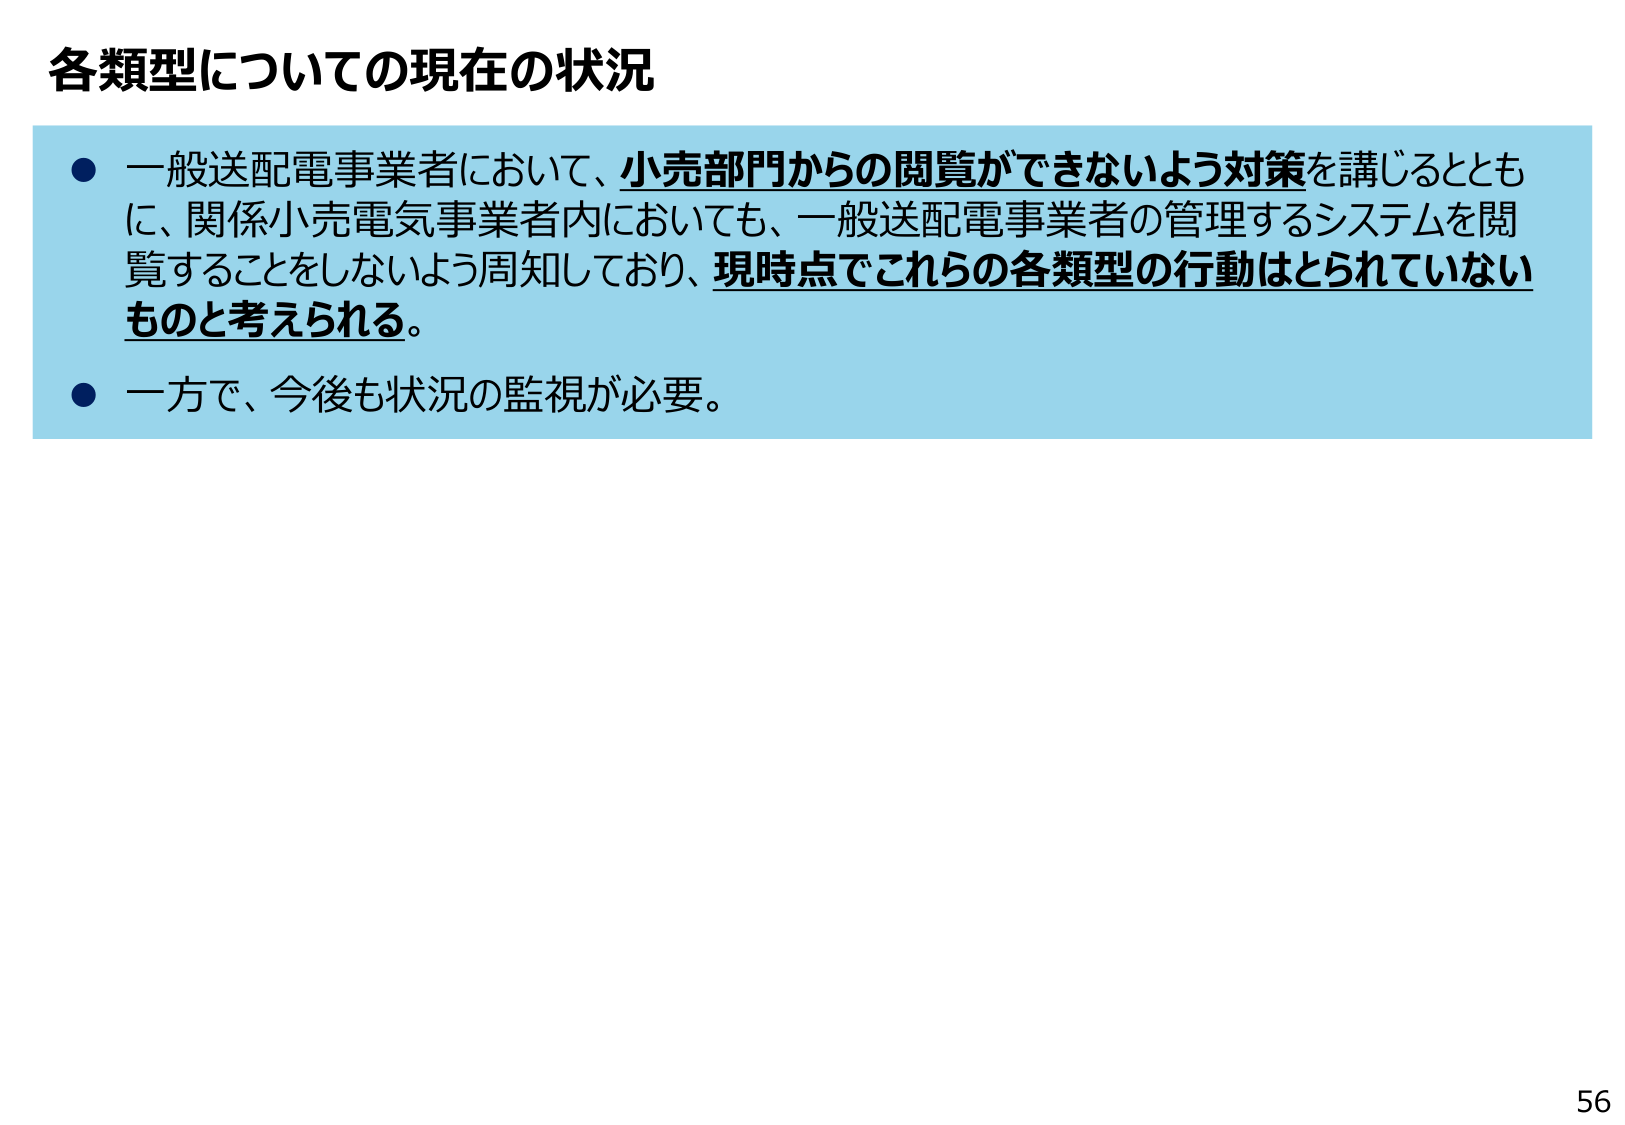
各類型についての現在の状況

● 一般送配電事業者において、小売部門からの閲覧ができないよう対策を講じるとともに、関係小売電気事業者内においても、一般送配電事業者の管理するシステムを閲覧することをしないよう周知しており、現時点でこれらの各類型の行動はとられていないものと考えられる。

● 一方で、今後も状況の監視が必要。

56